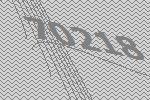
70218